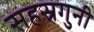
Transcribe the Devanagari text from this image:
सहस्रगुनी